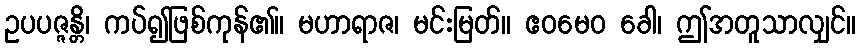
ဥပပဇ္ဇန္တိ၊ ကပ်၍ဖြစ်ကုန်၏။ မဟာရာဇ၊ မင်းမြတ်။ ဧဝမေဝ ခေါ၊ ဤအတူသာလျှင်။